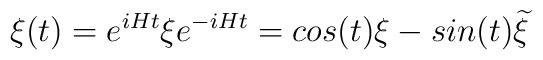
\xi(t) = e^{iHt} \xi e^{-iHt} = cos(t) \xi - sin(t) {\widetilde \xi}